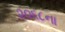
૨૦૬૮ના